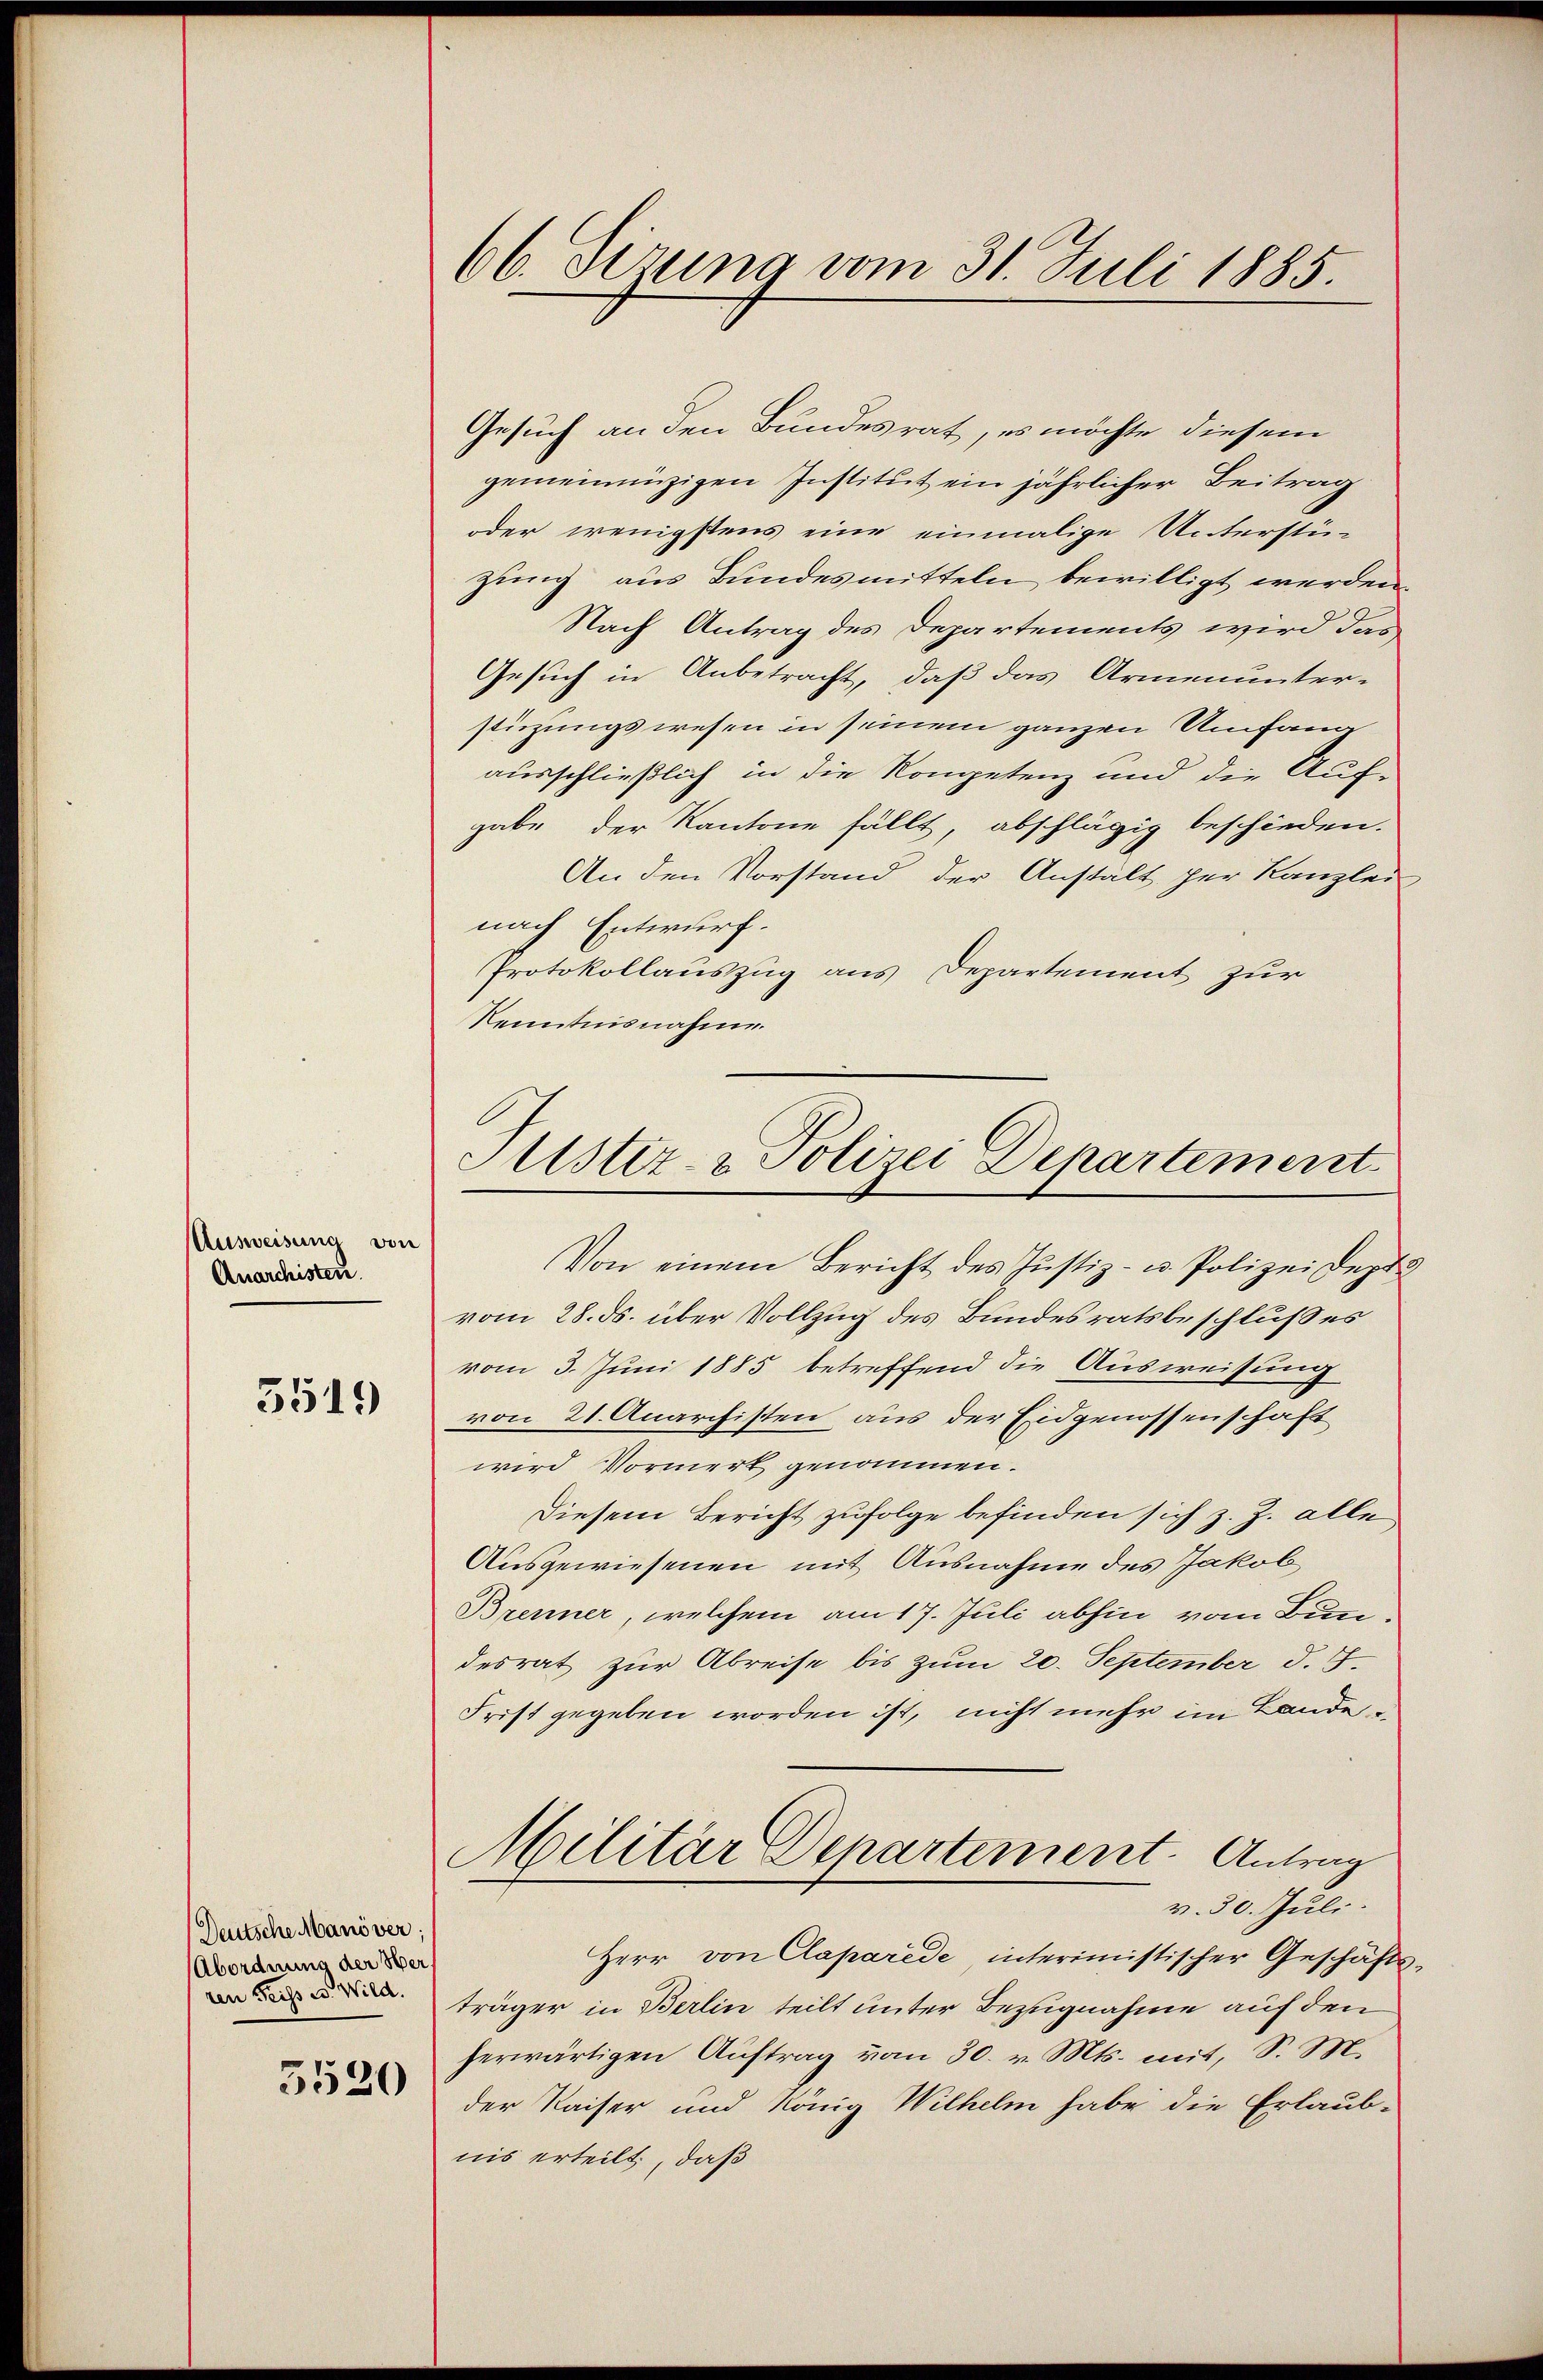
Ausweisung von
Anarchisten.

5519

Deutsche Manöver;
Abordnung der Oberren Seiss u. Wild.

5520

66. Sizung vom 31. Juli 1885.

Gesuch an den Bundesrat, es möchte diesem
gemeinnüzigen Institut ein jährlicher Beitrag
oder wenigstens eine einmalige Unterstüzung aus Bundesmitteln bewilligt werden.
Nach Antrag des Departements wird das
Gesuch in Anbetracht, daß das Armenunter-
stüzungswesen in seinem ganzen Umfana
ausschließlich in die Kompetenz und die Auf-
gabe der Kantone fällt, abschlägig beschieden.
An den Vorstand der Anstält der Kanzlei
nach Entwurf.
Protokollauszug aus Departement zur
Kenntnisnahme.

Sistiz- & Polizei Departement

Von einem Bericht des Justiz- u. Polizeidepti
vom 28. ds. über Vollzug des Bundesratsbeschlußes
vom 3. Juni 1885 betreffend die Ausweisung
von 21. Anarchisten aus der Eidgenossenschaft
wird Vormerk genommen.
Diesem Bericht zufolge befinden sich z. Z. alle
Ausgewiesenen mit Ausnahme des Jakob
Brenner, welchem am 17. Juli abhin vom Bundesrat zur Abreise bis zum 20. September d. 7.
Frist gegeben worden ist, nicht mehr im Lande¬
Militär Departement. Antrag
v. 30. Juli.
Herr von Claparide, interimistischer Geschäftsträger in Berlin teilt unter Bezugnahme auf den
herwärtigen Auftrag vom 30. v. Mts. mit, S. M.
der Kaiser und König Wilhelm habe die Erlaub-
nis erteilt, daß